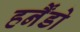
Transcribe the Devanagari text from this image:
हर्नैंडो